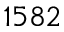
1 5 8 2